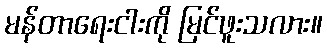
မန်တာရေးငါးကို မြင်ဖူးသလား။